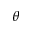
\theta